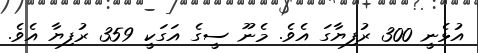
އުޅެނީ 300 ރުފިޔާގަ އެވެ. މެނޫ ސީގެ އަގަކީ 359 ރުފިޔާ އެވެ.